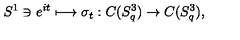
S ^ { 1 } \ni e ^ { i t } \longmapsto \sigma _ { t } : C ( S _ { q } ^ { 3 } ) \rightarrow C ( S _ { q } ^ { 3 } ) ,